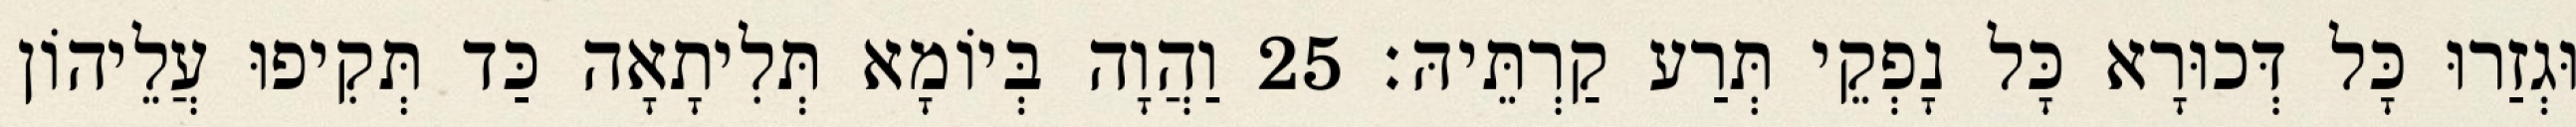
וּגְזַרוּ כָּל דְּכוּרָא כָּל נָפְקֵי תְּרַע קַרְתֵּיהּ׃ 25 וַהֲוָה בְּיוֹמָא תְּלִיתָאָה כַּד תְּקִיפוּ עֲלֵיהוֹן